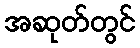
အဆုတ်တွင်